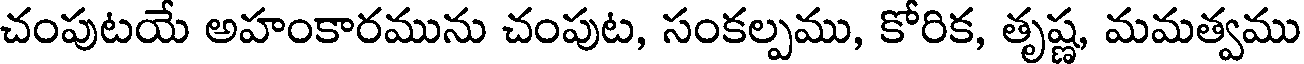
చంపుటయే అహంకారమును చంపుట, సంకల్పము, కోరిక, తృష్ణ, మమత్వము